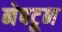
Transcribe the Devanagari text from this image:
नेपटून